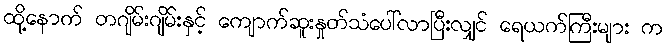
ထို့နောက် တဂျိမ်းဂျိမ်းနှင့် ကျောက်ဆူးနှုတ်သံပေါ်လာပြီးလျှင် ရေယက်ကြီးများ က